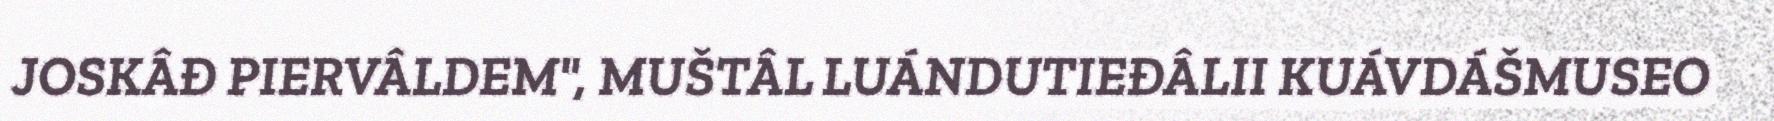
JOSKÂĐ PIERVÂLDEM", MUŠTÂL LUÁNDUTIEĐÂLII KUÁVDÁŠMUSEO